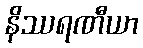
နိဿရဏီယာ